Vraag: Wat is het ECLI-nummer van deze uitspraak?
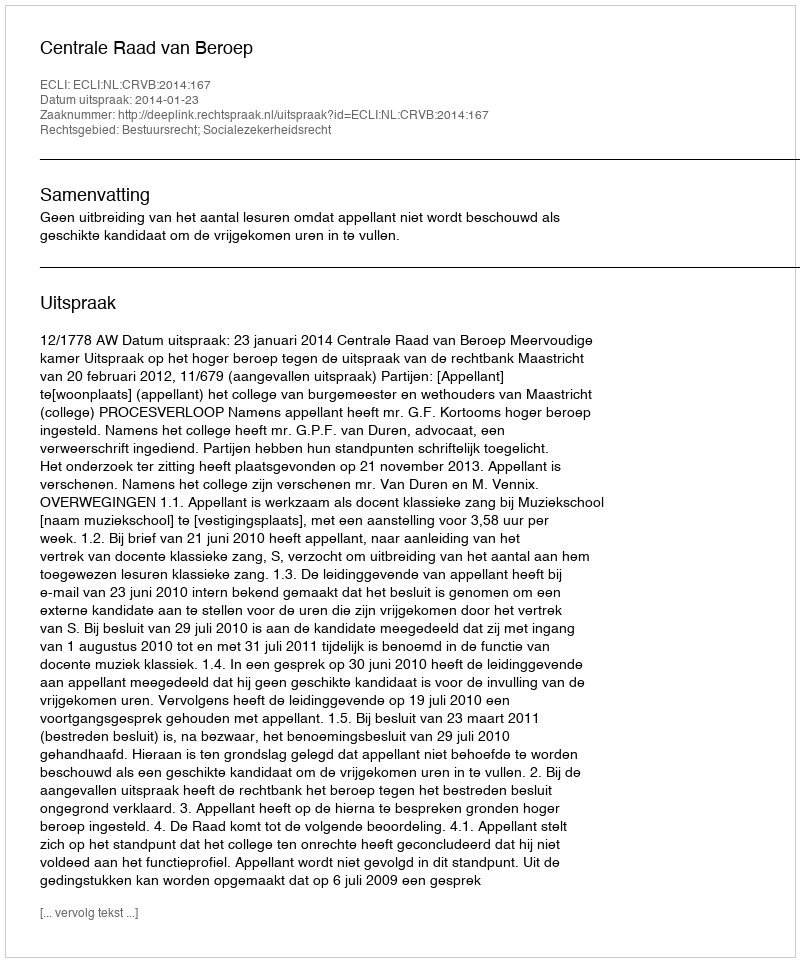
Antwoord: ECLI:NL:CRVB:2014:167